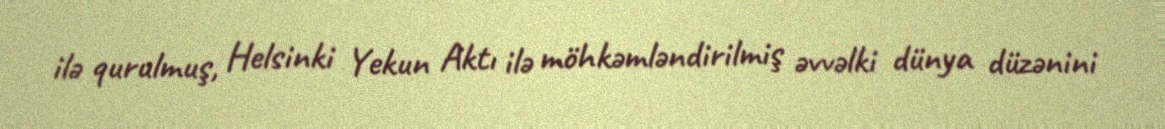
ilə qurulmuş, Helsinki Yekun Aktı ilə möhkəmləndirilmiş əvvəlki dünya düzənini